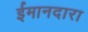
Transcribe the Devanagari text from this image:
ईमानदारा